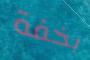
بخفة